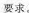
要求。